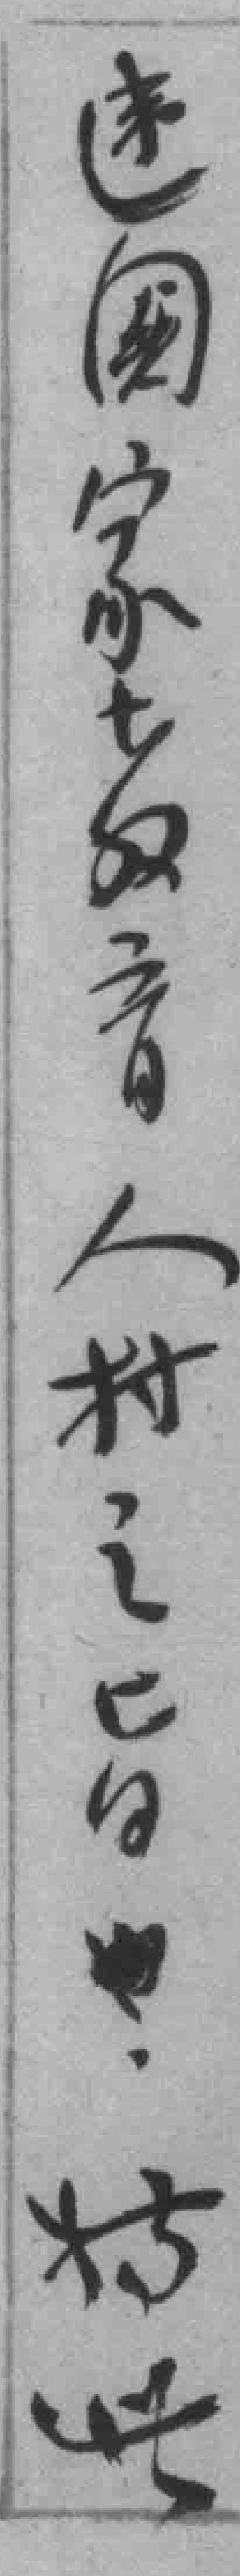
逨國家*音人*之旨也於此